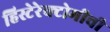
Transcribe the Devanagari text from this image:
हिस्टेरेक्टोमीची